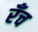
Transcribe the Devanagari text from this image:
रँच